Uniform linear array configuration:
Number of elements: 32
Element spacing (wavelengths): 0.5
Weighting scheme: hann
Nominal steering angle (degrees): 15
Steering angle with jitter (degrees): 16.072
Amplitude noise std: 0.05
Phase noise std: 0.05

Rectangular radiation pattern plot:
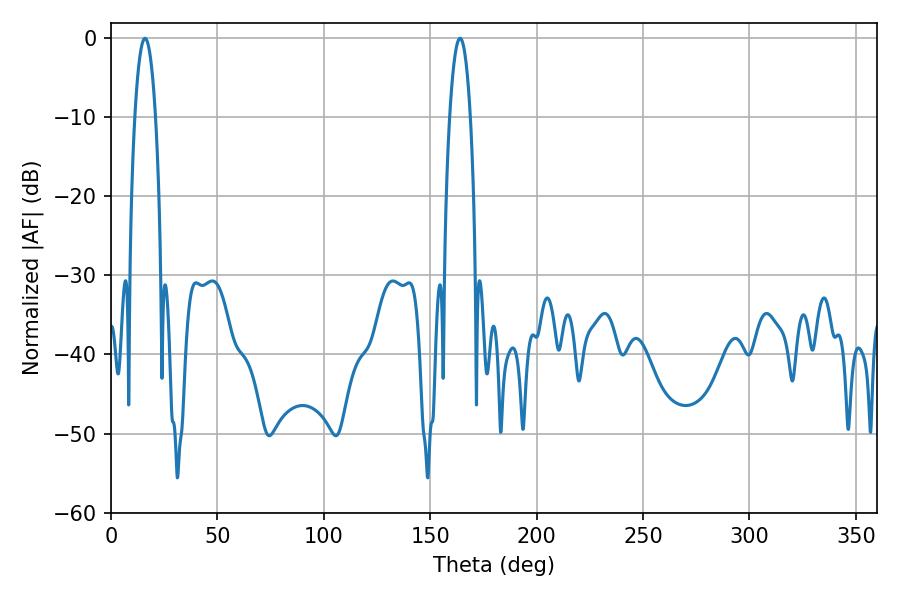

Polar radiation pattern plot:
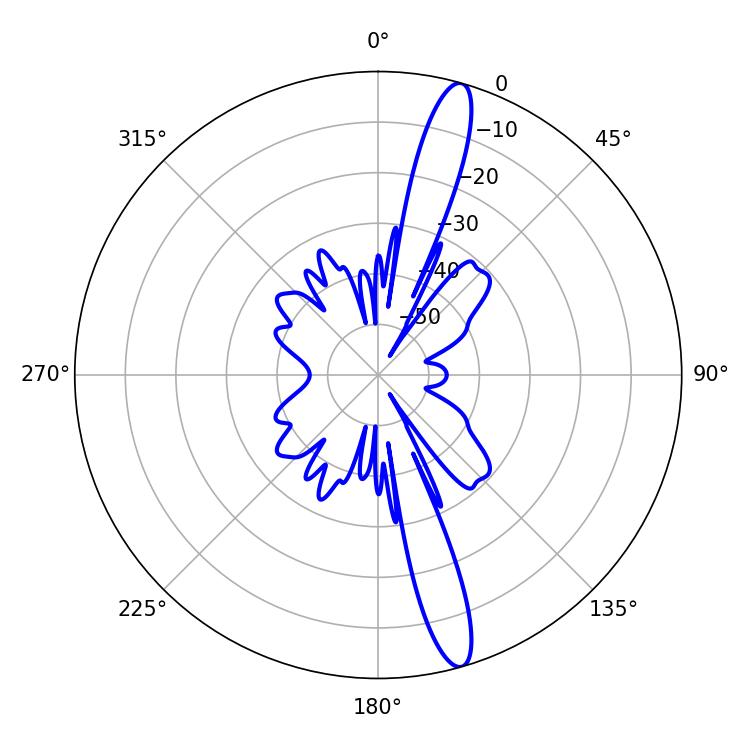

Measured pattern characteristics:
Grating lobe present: FALSE
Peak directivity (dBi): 15.528
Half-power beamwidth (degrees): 5.4
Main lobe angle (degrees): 16.02